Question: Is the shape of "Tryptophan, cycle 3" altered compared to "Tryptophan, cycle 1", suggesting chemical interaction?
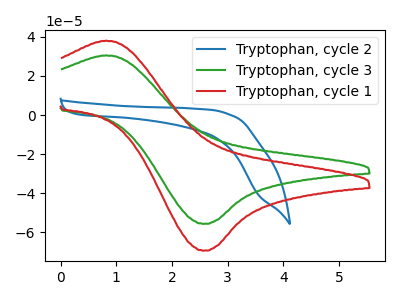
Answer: <think>The blue curve "Tryptophan, cycle 2" has no peaks. The green curve "Tryptophan, cycle 3" has an anodic peak at (0.80V, 30.55uA) and a cathodic peak at (2.55V, -55.80uA). The red curve "Tryptophan, cycle 1" has an anodic peak at (0.80V, 38.05uA) and a cathodic peak at (2.55V, -69.50uA).
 All the peaks in "Tryptophan, cycle 3" have a peak in "Tryptophan, cycle 1" at the same potential. Every peak in "Tryptophan, cycle 3" is lower than every peak in "Tryptophan, cycle 1".</think>
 <answer>No, "Tryptophan, cycle 3" and "Tryptophan, cycle 1" don't appear to be significantly different in shape</answer>
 <eval>no_change</eval>